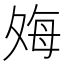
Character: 𫯎